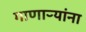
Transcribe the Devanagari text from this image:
गाणाऱ्यांना